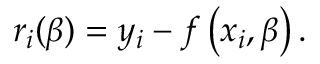
r _ { i } ( { \boldsymbol { \beta } } ) = y _ { i } - f \left( x _ { i } , { \boldsymbol { \beta } } \right) .